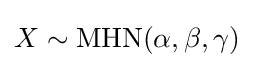
X\sim \operatorname {MHN} (\alpha ,\beta ,\gamma )